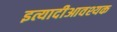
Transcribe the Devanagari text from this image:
इत्यादीआवश्यक